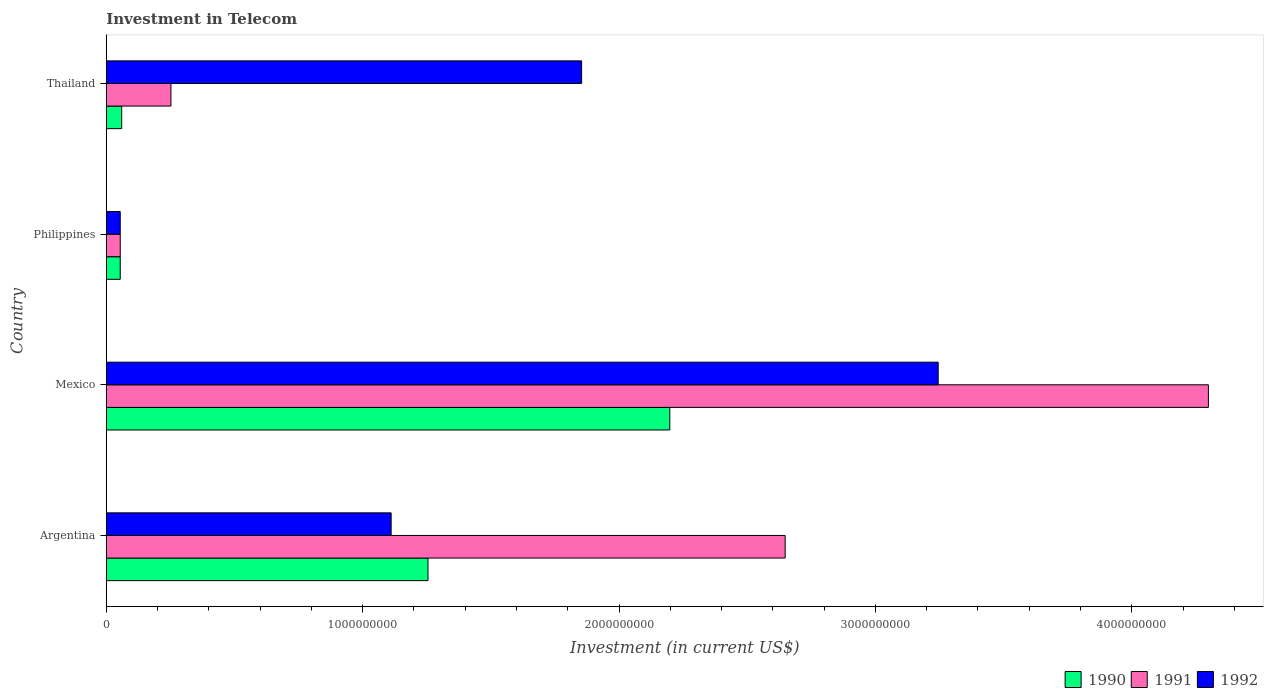
| Country | 1990 | 1991 | 1992 |
 | --- | --- | --- | --- |
 | Argentina | 1.25e+09 | 2.65e+09 | 1.11e+09 |
 | Mexico | 2.2e+09 | 4.3e+09 | 3.24e+09 |
 | Philippines | 5.42e+07 | 5.42e+07 | 5.42e+07 |
 | Thailand | 6e+07 | 2.52e+08 | 1.85e+09 |